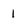
Character: 1